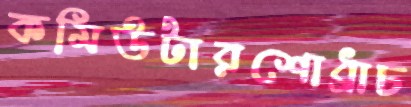
কমিউটারশোধ্‌রাচ